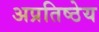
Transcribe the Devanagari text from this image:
अप्रतिष्ठेय